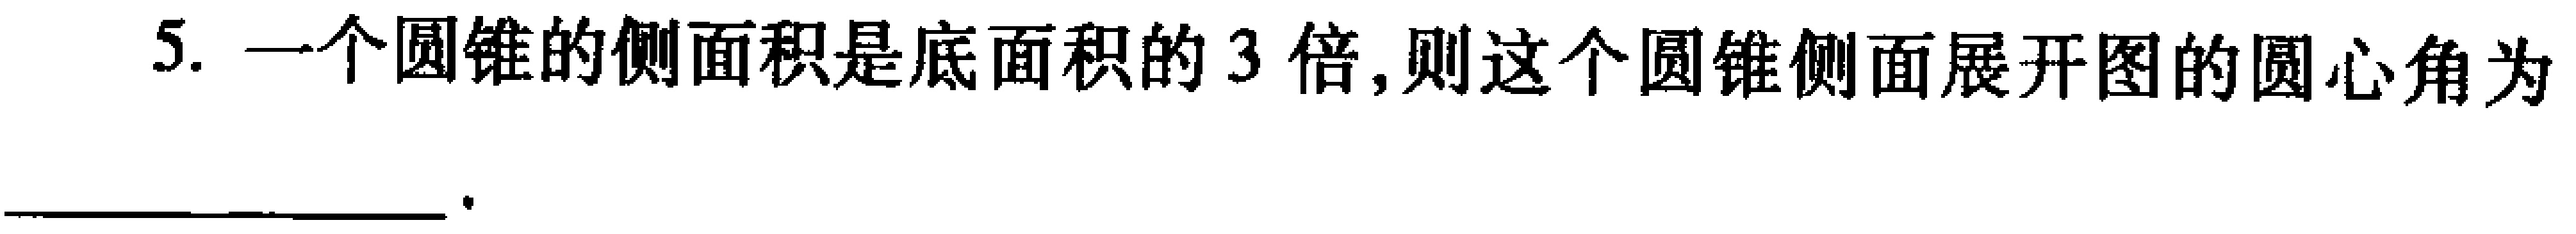
5. 一个圆锥的侧面积是底面积的3倍,则这个圆锥侧面展开图的圆心角为___。